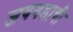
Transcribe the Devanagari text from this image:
जयगडाची